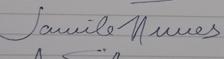
Signature authenticity: genuine